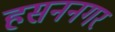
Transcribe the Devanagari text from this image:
हसननगर